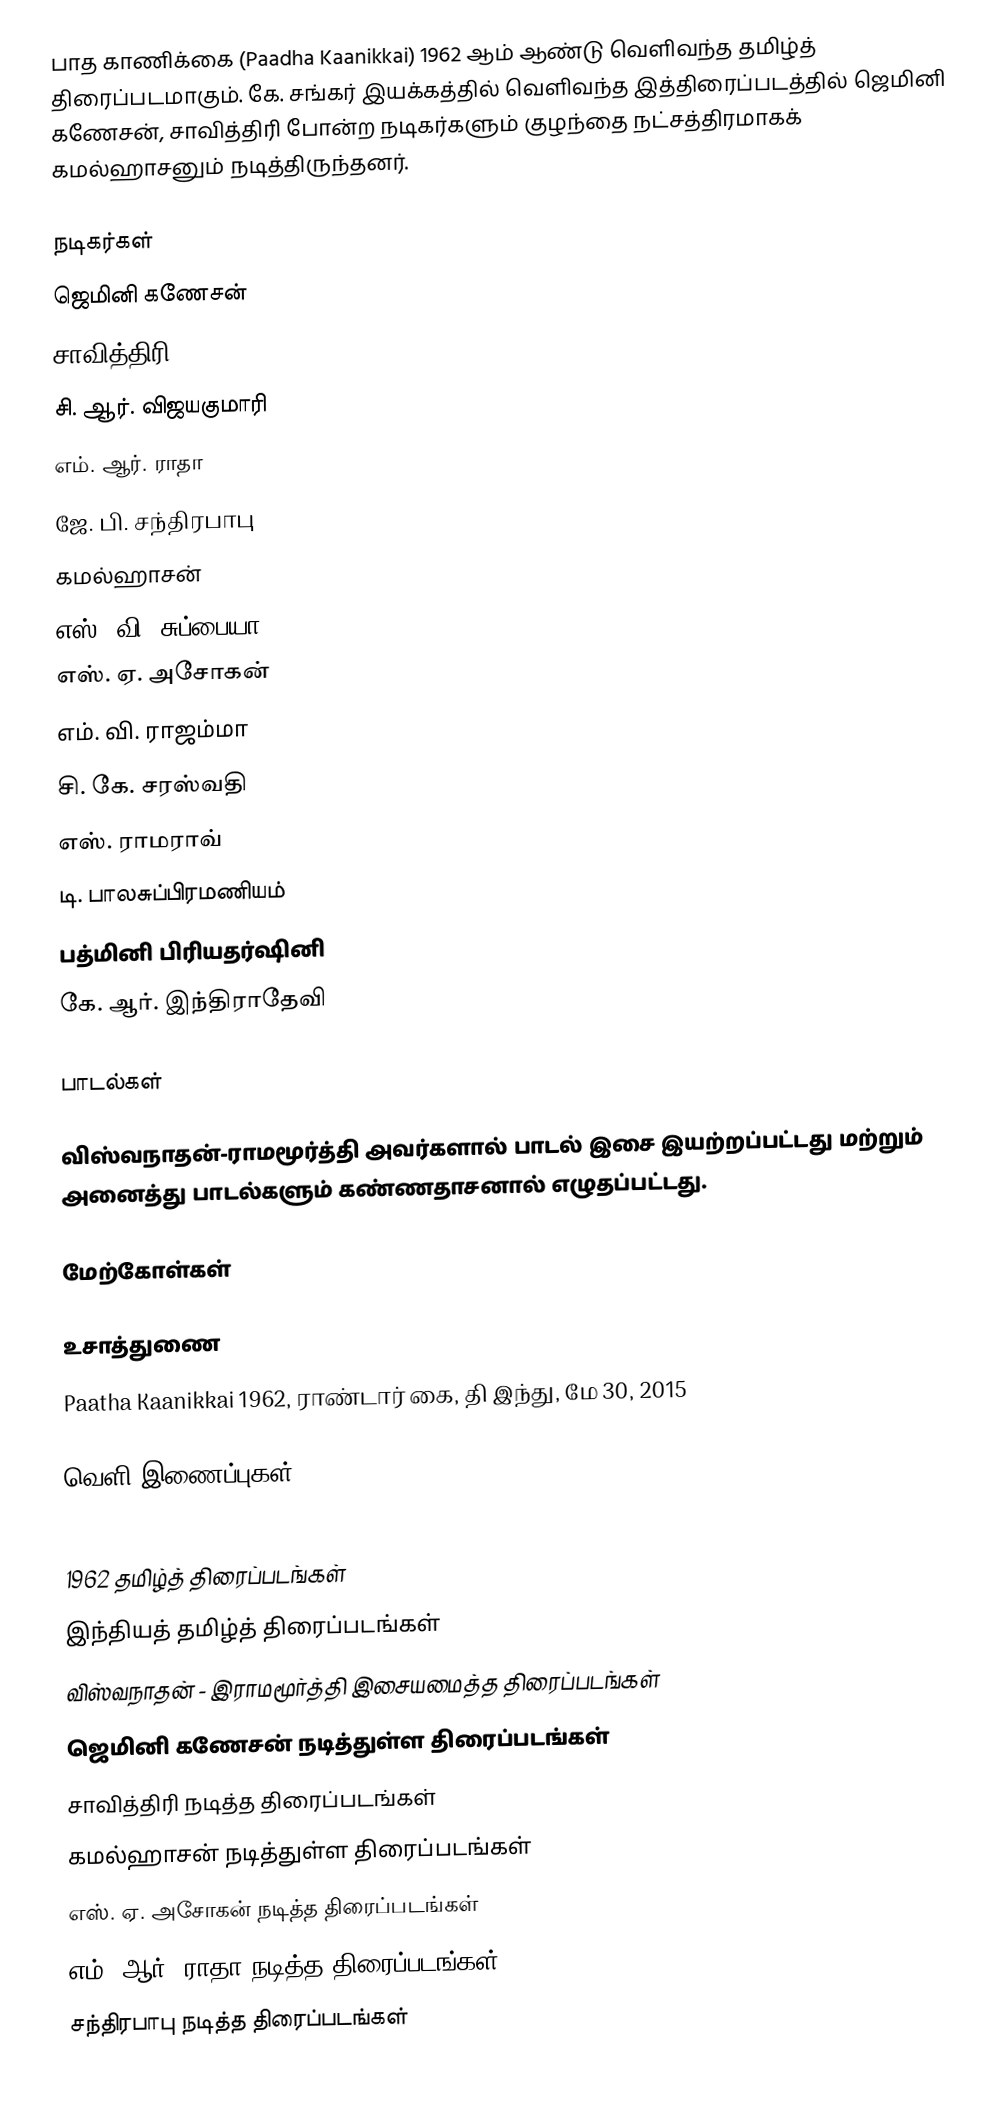
பாத காணிக்கை (Paadha Kaanikkai) 1962 ஆம் ஆண்டு வெளிவந்த தமிழ்த் திரைப்படமாகும். கே. சங்கர் இயக்கத்தில் வெளிவந்த இத்திரைப்படத்தில் ஜெமினி கணேசன், சாவித்திரி போன்ற நடிகர்களும் குழந்தை நட்சத்திரமாகக் கமல்ஹாசனும்  நடித்திருந்தனர்.

நடிகர்கள்
ஜெமினி கணேசன்
சாவித்திரி
சி. ஆர். விஜயகுமாரி
எம். ஆர். ராதா
ஜே. பி. சந்திரபாபு
கமல்ஹாசன்
எஸ். வி. சுப்பையா
எஸ். ஏ. அசோகன்
எம். வி. ராஜம்மா
சி. கே. சரஸ்வதி
எஸ். ராமராவ்
டி. பாலசுப்பிரமணியம்
பத்மினி பிரியதர்ஷினி
கே. ஆர். இந்திராதேவி

பாடல்கள்

விஸ்வநாதன்-ராமமூர்த்தி அவர்களால் பாடல் இசை இயற்றப்பட்டது மற்றும் அனைத்து பாடல்களும் கண்ணதாசனால் எழுதப்பட்டது.

மேற்கோள்கள்

உசாத்துணை
Paatha Kaanikkai 1962, ராண்டார் கை, தி இந்து, மே 30, 2015

வெளி இணைப்புகள்

1962 தமிழ்த் திரைப்படங்கள்
இந்தியத் தமிழ்த் திரைப்படங்கள்
விஸ்வநாதன் - இராமமூர்த்தி இசையமைத்த திரைப்படங்கள்
ஜெமினி கணேசன் நடித்துள்ள திரைப்படங்கள்
சாவித்திரி நடித்த திரைப்படங்கள்
கமல்ஹாசன் நடித்துள்ள திரைப்படங்கள்
எஸ். ஏ. அசோகன் நடித்த திரைப்படங்கள்
எம். ஆர். ராதா நடித்த திரைப்படங்கள்
சந்திரபாபு நடித்த திரைப்படங்கள்